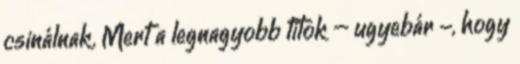
csinálnak. Mert a legnagyobb titok – ugyebár -, hogy